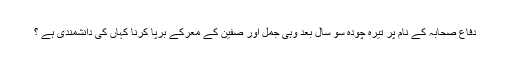
دفاع صحابہ کے نام پر تیرہ چودہ سو سال بعد وہی جمل اور صفین کے معرکے برپا کرنا کہاں کی دانشمندی ہے ؟